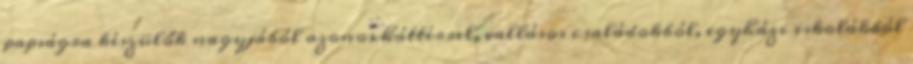
papságra készülők nagyjából azonos háttérrel, vallásos családokból, egyházi iskolákból